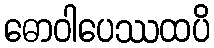
ဓောဝါပေဿထပိ